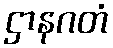
ဌာနဂတံ